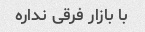
با بازار فرقی نداره